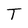
Character: T